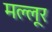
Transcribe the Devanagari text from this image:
मल्लूर